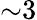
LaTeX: {\sim}3